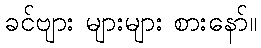
ခင်ဗျား များများ စားနော်။